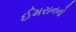
ઈમરાનનો